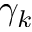
\gamma _ { k }